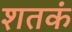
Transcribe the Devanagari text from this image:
शतकं